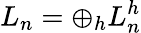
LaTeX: L_{n}=\displaystyle\oplus_{h}L_{n}^{h}